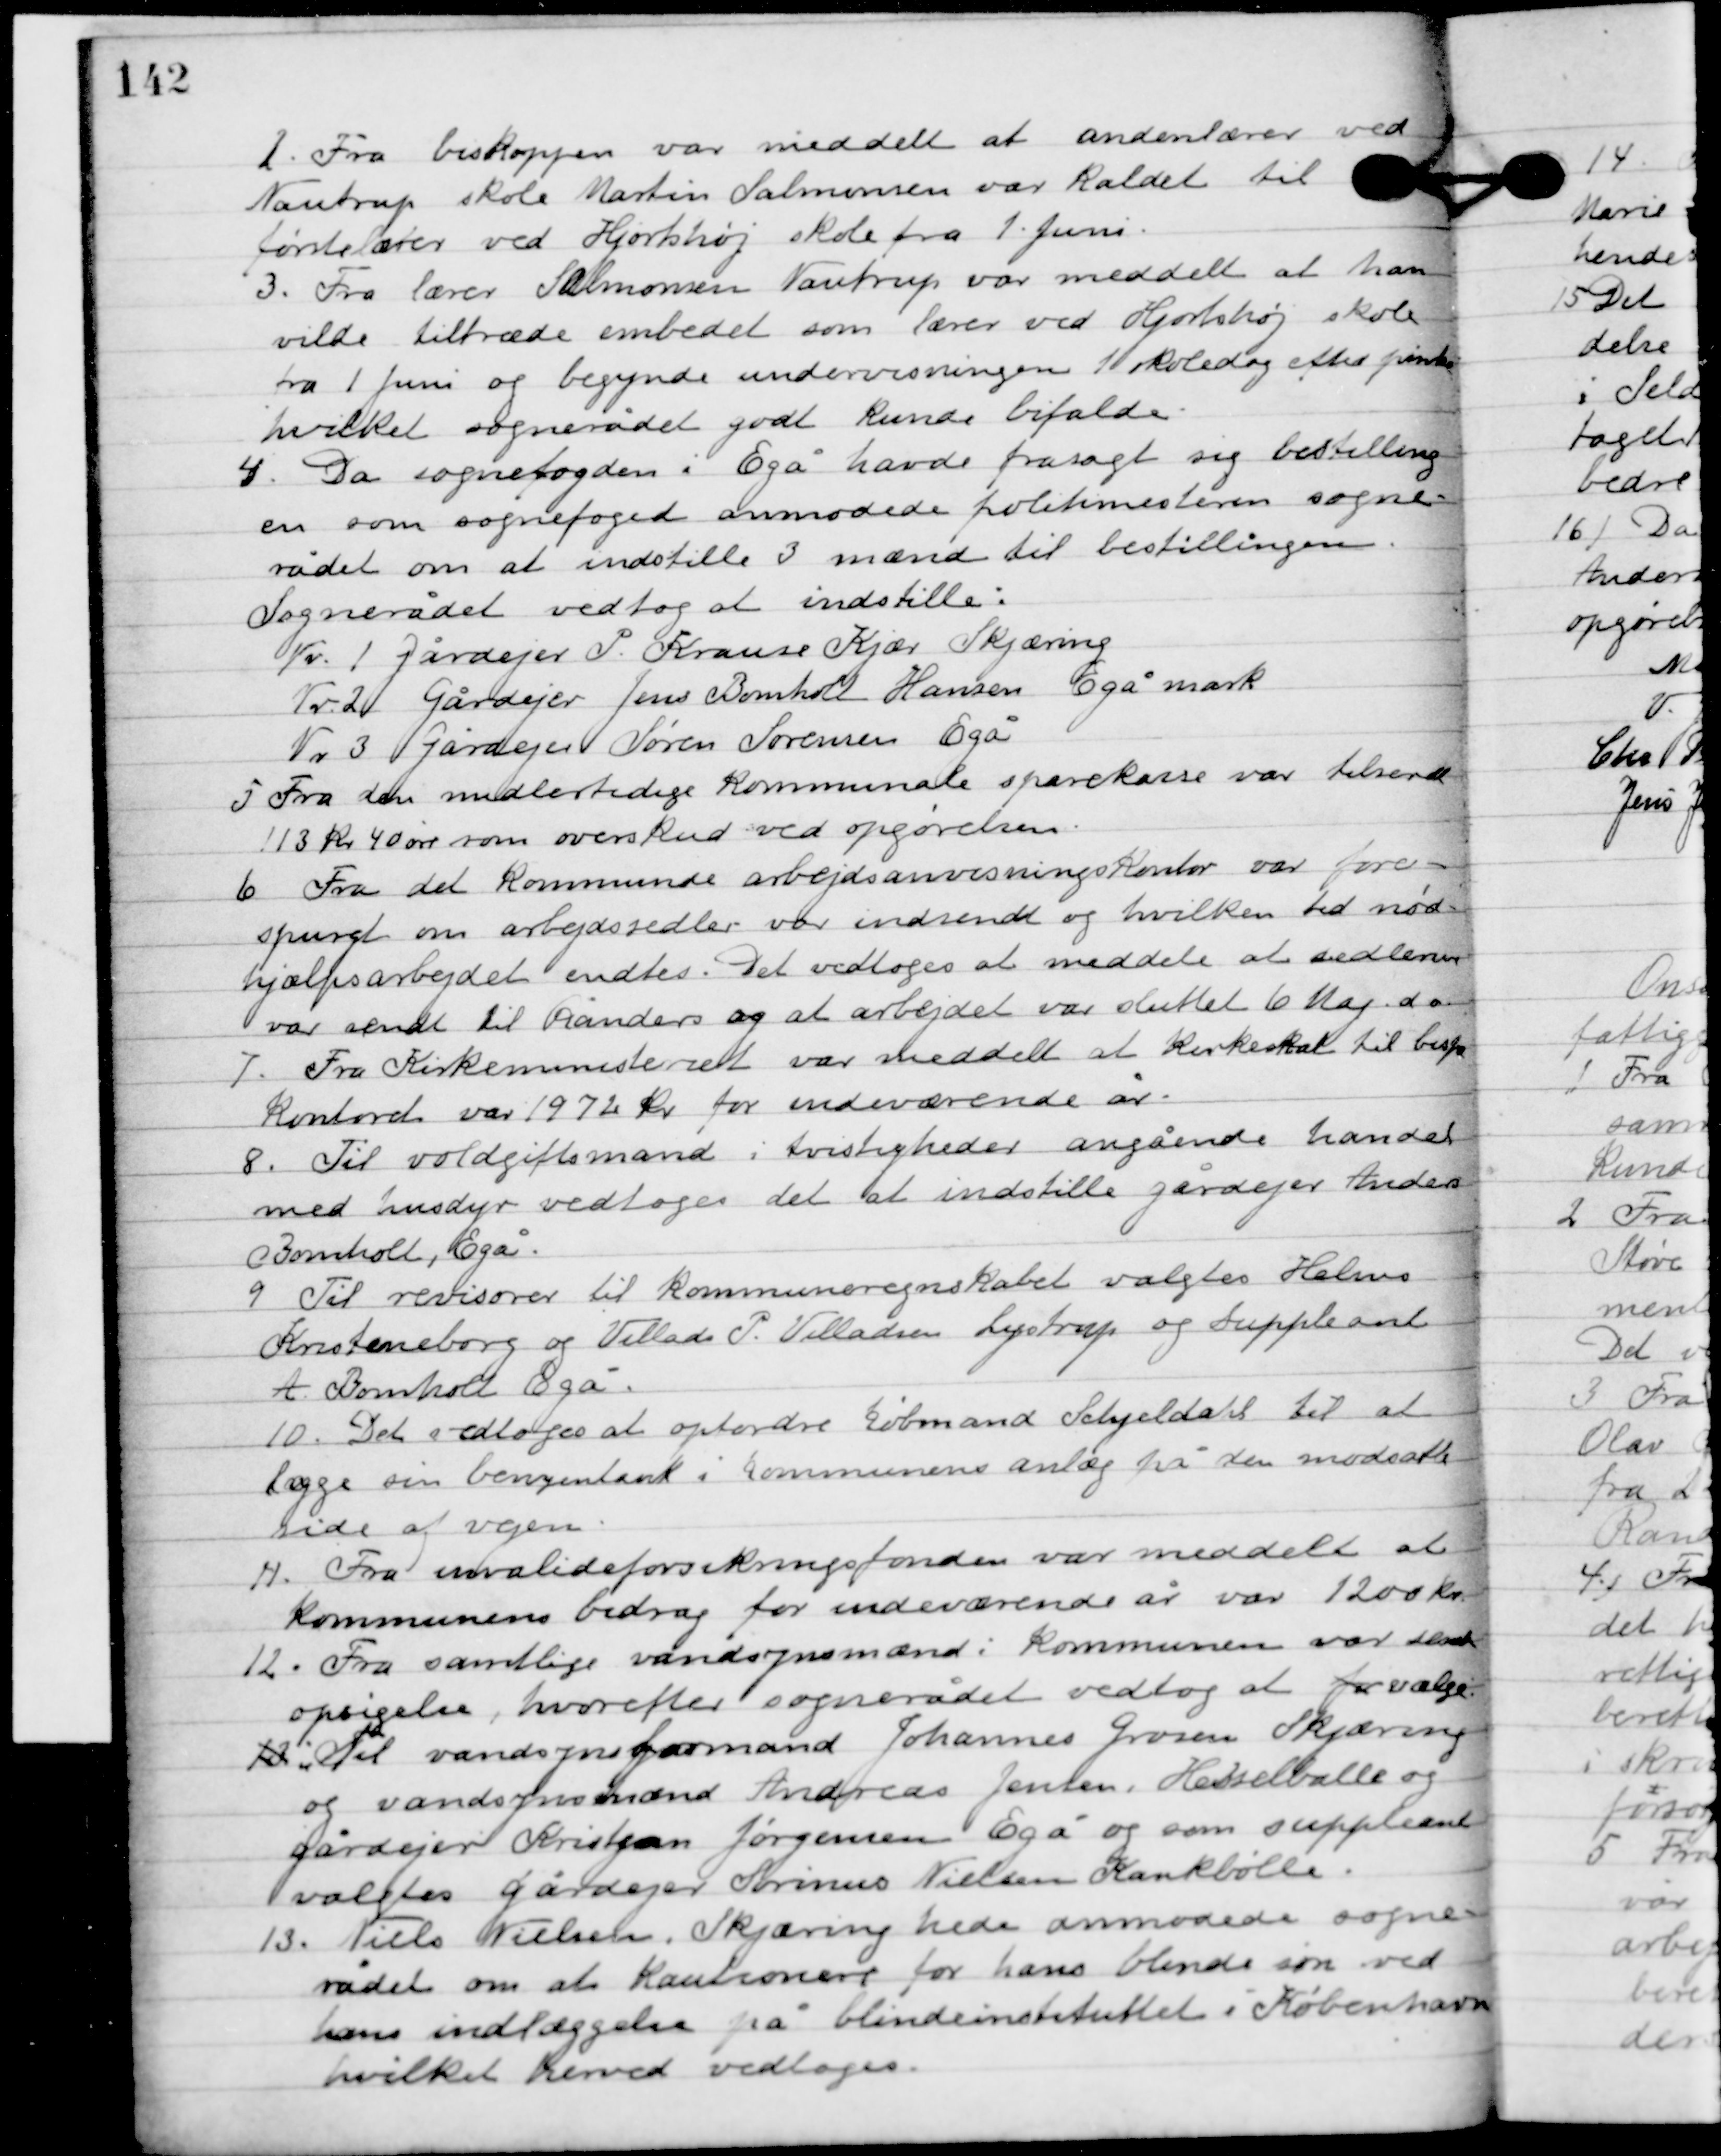
Transskription:
2

Fra biskoppen var meddelt at andenlærer ved
Nautrup skole Martin Salomonsen var kaldet til
førstelærer ved Hjortshøj skole fra 1. Juni.

3

Fra lærer Salomonsen Nautrup var meddelt at han 
vilde tiltræde embedet som lærer ved Hjortshøj skole 
fra 1. Juni og begynde undervisningen 1. skoledag efter påske
hvilket sognerådet godt kunde bifalde.

4

Da sognefogeden i Egå havde frasagt sig bestilling
en som sognefoged anmodede politimesteren sogne-
rådet om at indstille 3 mænd til bestillingen.
Sognerådet vedtog at indstille:
Nr. 1. gårdejer P. Krause Kjær Skjæring
Nr. 2 gårdejere Jens Bomholt Hansen Egå mark
Nr. 3. gårdejer Søren Sørensen Egå

5

Fra den midlertidige kommunale sparekasse var tilsendt
113 kr. 40 øre som overskud ved opgørelsen.

6

Fra det kommunale arbejdsanvisningskontor var fore-
spurgt om arbejdssedler var indsendt og viklen tid nød-
hjælpsarbejder endtes. Det vedtoges at meddele at sedlerne
var sendt til Randers og at arbejdet var sluttet 6 maj d.a.

7

Fra Kirkeministeriet var meddelt at kirkeskat til bispe-
kontoret var 1972 kr. for endeværende år.

8

Til voldgiftsmand i tvistigheder angående handel
med husdyr vedtoges det at indstille gårdejer Anders
Bomholt, Egå.

9

Til revisor til kommuneregnskabet valgtes Holms
Kristensborg og Villads P. Villadsen Lystrup og suppleant
A. Bomholt Egå.

10

Det vedtoges at opfordre købmand Schjeldahl til at
lægge sin benzintank i kommunens anlæg på den modsatte
side af vejen.

11

Fra invalideforsikringsfonden var meddelt at
 kommunens bidrag for indeværende år var 1200 kr.

12

Fra samtlige vandsynsmænd i kommunen var sendt
opsigelse, hvorefter sognerådet vedtog at for vælge
13.
til vandsynsformand Johannes Grovesen Skjæring
og vandsynsmænd Andreas Jensen, Hesselballe og
 gårdejer Kristjan Jørgensen Egå og som suppleant
valgtes gårdejer Sørinus Nielsen Kankbølle.

13

Niels Nielsen, Skjæring hede anmodede sogne-
rådet om at kautionere for hans blinde søn ved
hans indlæggelse på blindeinstituttet i København
hvilket derved vedtoges.